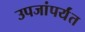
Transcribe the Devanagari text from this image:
उपजांपर्यंत